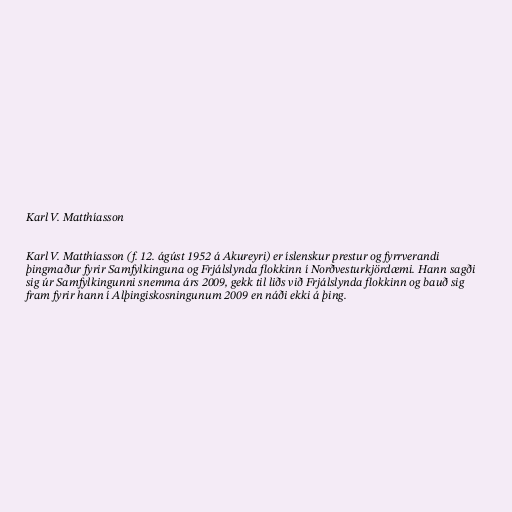
Karl V. Matthíasson

Karl V. Matthíasson (f. 12. ágúst 1952 á Akureyri) er íslenskur prestur og fyrrverandi
þingmaður fyrir Samfylkinguna og Frjálslynda flokkinn í Norðvesturkjördæmi. Hann sagði
sig úr Samfylkingunni snemma árs 2009, gekk til liðs við Frjálslynda flokkinn og bauð sig
fram fyrir hann í Alþingiskosningunum 2009 en náði ekki á þing.